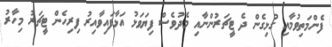
ފެންމަތިވުމާއި ގުޅިގެން ދެ ޓީޗަރުންނާއި މެދުވެސް ފިޔަވަޅު އަޅާފައިވާއިރު ފިރިިހެން ޓީޗަރު މިހާރު